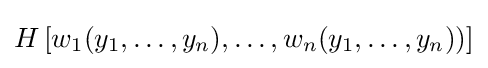
H\left[w_{1}(y_{1},\dots ,y_{n}),\dots ,w_{n}(y_{1},\dots ,y_{n}))\right]